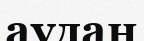
аудаң